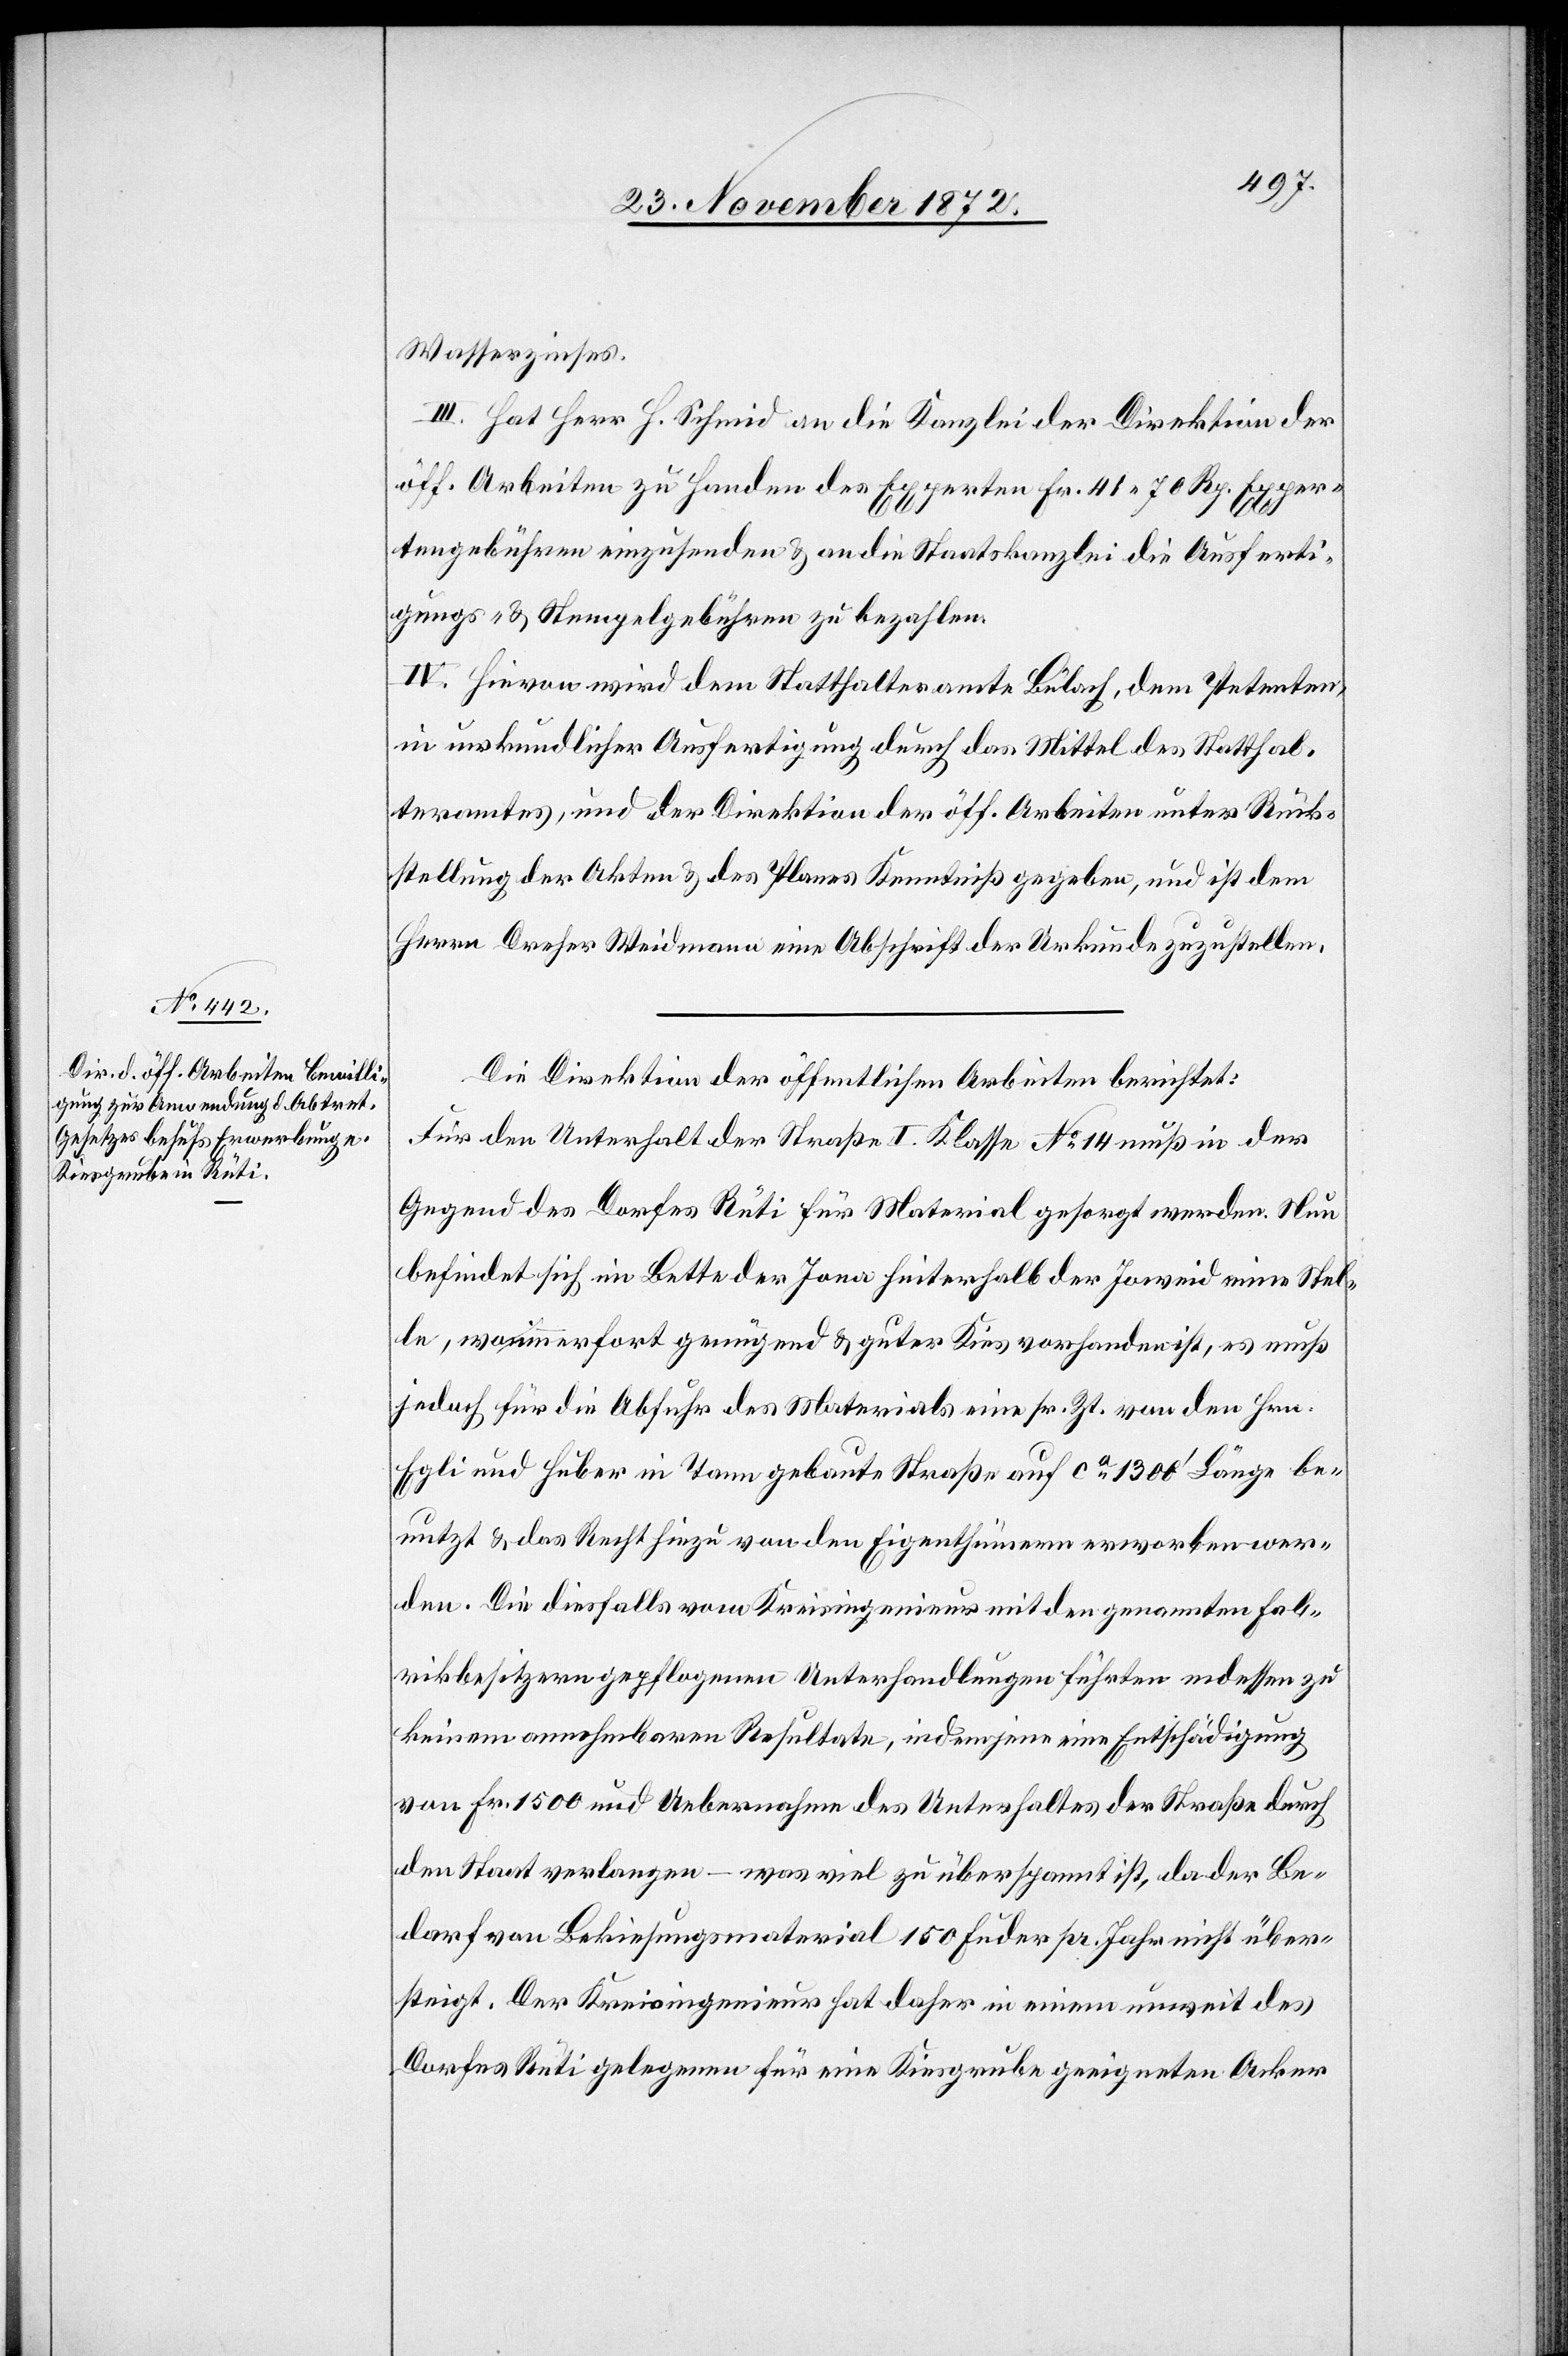
Wasserzinses.
III. Hat Herr H. Schmid an die Kanzlei der Direktion der
öff. Arbeiten zu Handen des Experten Fr. 41 70 Rp. Exper¬
tengebühren einzusenden u. an die Staatskanzlei die Ausferti¬
gungs- u. Stempelgebühren zu bezahlen.
IV. Hievon wird dem Statthalteramte Bülach, dem Petenten,
in urkundlicher Ausfertigung durch das Mittel des Statthal¬
teramtes, und der Direktion der öff. Arbeiten unter Rück¬
stellung der Akten u. des Planes Kenntniß gegeben, und ist dem
Herrn Dreher Weidmann eine Abschrift der Urkunde zuzustellen.
Die Direktion der öffentlichen Arbeiten berichtet:
Für den Unterhalt der Straße I. Klasse No 14 muß in der
Gegend des Dorfes Rüti für Material gesorgt werden. Nun
befindet sich im Bette der Jona hinterhalb der Joweid eine Stel¬
le, wo immerfort genügend u. guter Kies vorhanden ist, es muß
jedoch für die Abfuhr des Materials eine sr. Zt. von den Hrn.
Egli und Huber in Tann gebaute Straße auf ca 1300’ Länge be¬
nutzt u. das Recht hiezu von den Eigenthümern erworben wer¬
den. Die diesfalls vom Kreisingenieur mit den genannten Fab¬
rikbesitzern gepflogenen Unterhandlungen führten indessen zu
keinem annehmbaren Resultate, indem jene eine Entschädigung
von Fr. 1500 und Uebernahme des Unterhaltes der Straße durch
den Staat verlangen – was viel zu überspannt ist, da der Be¬
darf von Bekiesungsmaterial 150 Fuder pr. Jahr nicht über¬
steigt. Der Kreisingenieur hat daher in einem unweit des
Dorfes Rüti gelegenen für eine Kiesgrube geeigneten Acker